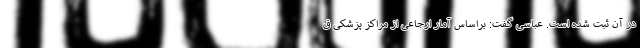
در آن ثبت شده است. عباسی گفت: براساس آمار ارجاعی از مراکز پزشکی ق